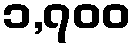
၁,၇၀၀